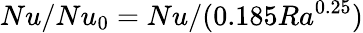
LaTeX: Nu/Nu_{0}=Nu/(0.185Ra^{0.25})